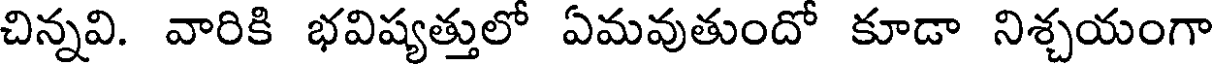
చిన్నవి. వారికి భవిష్యత్తులో ఏమవుతుందో కూడా నిశ్చయంగా